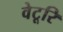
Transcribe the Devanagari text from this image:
वेटूरि